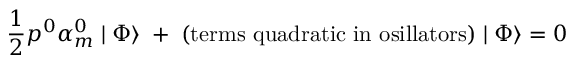
\frac { 1 } { 2 } p ^ { 0 } \alpha _ { m } ^ { 0 } \mid \Phi \rangle \; + \; \mathrm { ( t e r m s ~ q u a d r a t i c ~ i n ~ o s i l l a t o r s ) } \mid \Phi \rangle = 0